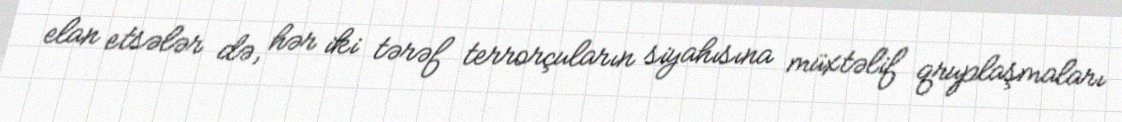
elan etsələr də, hər iki tərəf terrorçuların siyahısına müxtəlif qruplaşmaları